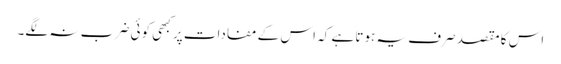
اس کا مقصد صرف یہ ہوتا ہے کہ اس کے مفادات پر کبھی کوئی ضر ب نہ لگے۔